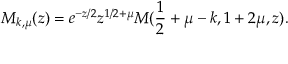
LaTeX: M _ { k , \mu } ( z ) = e ^ { - z / 2 } z ^ { 1 / 2 + \mu } M ( \frac { 1 } { 2 } + \mu - k , 1 + 2 \mu , z ) .